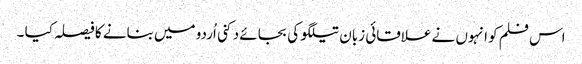
اس فلم کو انہوں نے علاقائی زبان تیلگو کی بجائے دکنی اُردو میں بنانے کا فیصلہ کیا ۔